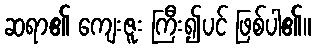
ဆရာ၏ ကျေးဇူး ကြီး၍ပင် ဖြစ်ပါ၏။